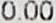
0.00